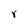
Character: r